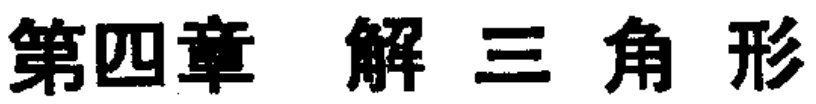
第四章 解三角形